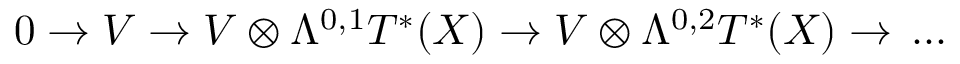
0 \rightarrow V \rightarrow V \otimes \Lambda ^ { 0 , 1 } T ^ { * } ( X ) \rightarrow V \otimes \Lambda ^ { 0 , 2 } T ^ { * } ( X ) \rightarrow \, . . .